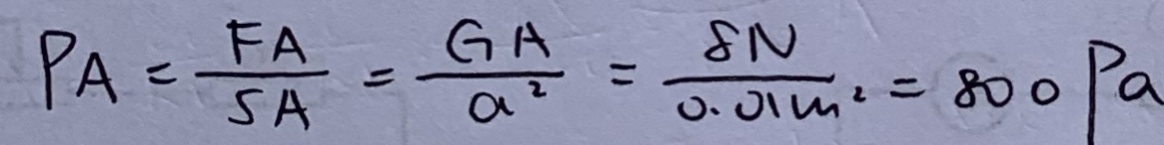
P A = \frac { F A } { S A } = \frac { G A } { a ^ { 2 } } = \frac { 8 N } { 0 . 0 1 m ^ { 2 } } = 8 0 0 P a